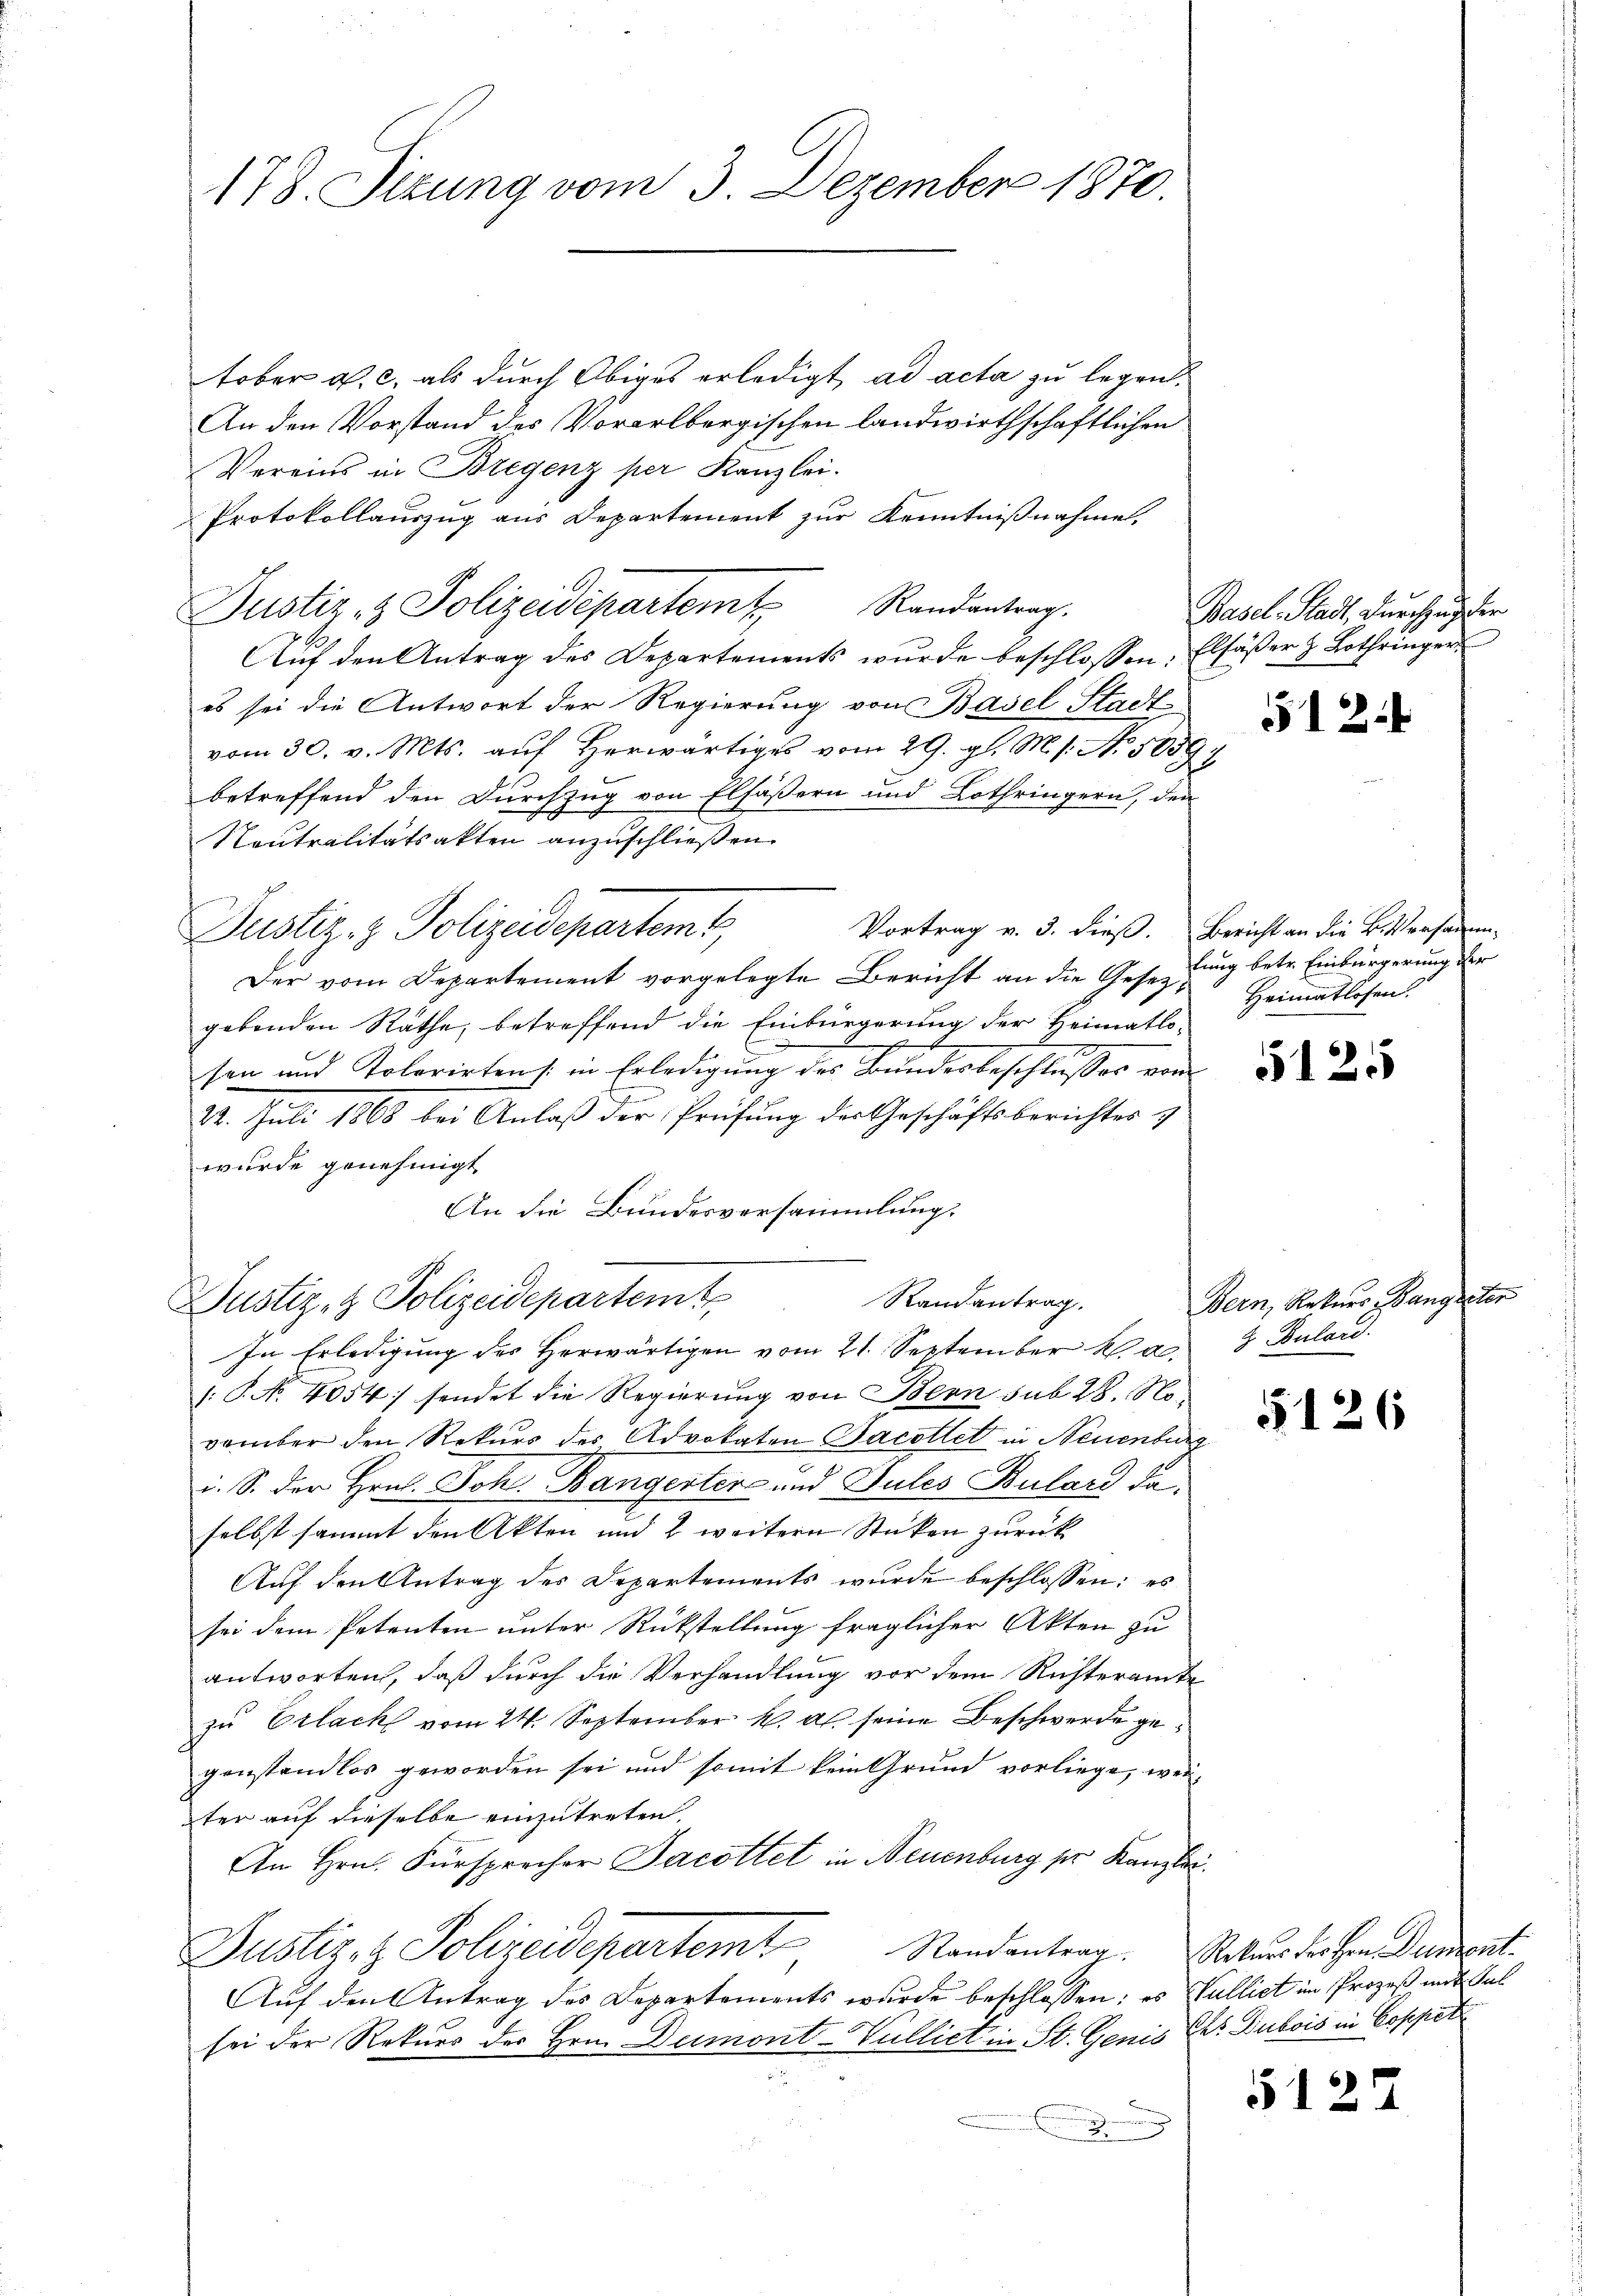
178. Sizung vom 3. Dezember 1870.

tober a. c. als durch Obiges erledigt, ad acta zu legen.
An den Vorstand des Vorarlbergischen landwirthschaftlichen
Vereins in Bregenz per Kanzlei.
Protokollauszug aus Departement zur Kenntnißnahme,
Aŭf den Antrag des Departements wŭrde beschlossen, Elsäβer z. Bothringer
es sei die Antwort der Regierung von Basel-Stadt-
vom 30. v. Mts. auf herwärtiges vom 29. gl. M. s. No. 50597
betreffend den Durchzug von Elsässern und Lothringern, den
Noutralitätsakten anzuschließen.
Justiz- & Polizeidepartemt,
Der vom Departement vorgelegte Bericht an die Gesezgebenden Rathe, betreffend die Einbürgerung der Heimatlo-
sen und Kolorirtens in Erledigung des Bundesbeschlusses vom
E
22. Juli 1868 bei Anlaß der Prüfung der Geschäftsberichtes &
wurde genehmigt
An die Bundesversammlung.
Randantrag.
Justiz- & Polizeidepartem
In Erledigung des herwärtigen vom 21. September k. a. 3 Dular
[: P. No. 4054] sendet die Regierung von Bern sub 28. November den Rekurs der Advokaten Jacottet in Neuenburg
i. S. der Hrn. Joh. Bangerter- und Sules Bulard daselbst sammt den Akten und 2 weitern Stücken zurück
Auf den Antrag des Departements wurde beschlossen: es
sei dem Petenten unter Rückstellung fraglicher Akten zu
antworten, daß durch die Verhandlung vor dem Richteramte
zu Erlack vom 24. September k. ds. seine Beschwerde gegenstandlos geworden sei und somit kein Grund vorliege, weiter auf dieselbe einzutreten,
An Hrn. Fürsprocher Jacottet in Neuenburg sr Kanzlei.
Justiz- & Polizeidepartemt
Auf den Antrag des Departements wurde beschlossen: es Walliet im Prozeß mit Sul
sei der Rekurs der Hrn. Dumont-Vulliet in St. Genis Chr. Dubois in Coppet
.

Justiz- & Polizeidepartem Randantrag.

Basel-Stadt, durchzug der

512

Vortrag v. 3. dieß. Bericht an die Bittersamm-
lung betr. Einbürgerung der
Heimatlosen.

5125

Bern, Rekurs Bangester

5126

5122

Randantrag. Rekursfrohen Dumont.